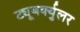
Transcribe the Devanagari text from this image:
ट्यूबर्क्युलर